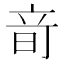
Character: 𥩬